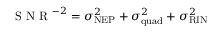
\mathrm { ~ S ~ N ~ R ~ } ^ { - 2 } = \sigma _ { \mathrm { N E P } } ^ { 2 } + \sigma _ { \mathrm { q u a d } } ^ { 2 } + \sigma _ { \mathrm { R I N } } ^ { 2 }